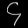
Digit: ၄